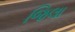
જિલા